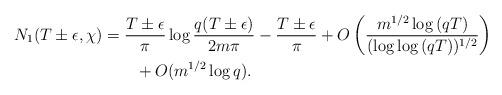
LaTeX: \begin{align*} \begin{aligned}N_1(T \pm \epsilon,\chi)&= \frac{T \pm \epsilon}{\pi} \log{\frac{q(T \pm \epsilon)}{2m\pi}} - \frac{T \pm \epsilon}{\pi}+ O\left( \frac{m^{1/2} \log{(qT)}}{(\log{\log{(qT)}})^{1/2}} \right) \\&\quad\quad+ O(m^{1/2}\log{q}).\end{aligned}\end{align*}